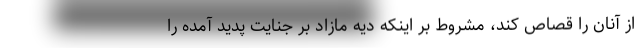
از آنان را قصاص کند، مشروط بر اینکه دیه مازاد بر جنایت پدید آمده را